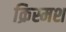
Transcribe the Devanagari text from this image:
क्रिस्मश